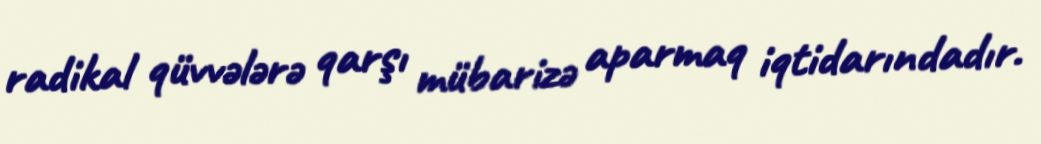
radikal qüvvələrə qarşı mübarizə aparmaq iqtidarındadır.